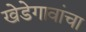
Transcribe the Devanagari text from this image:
खेडेगावांचा